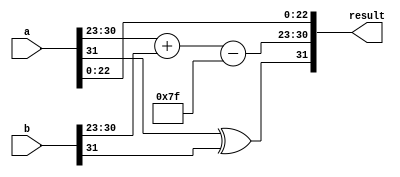
module Floating_Point_Wallace_Tree_Multiplier(
    input [31:0] a, // IEEE 754 Floating Point input 1
    input [31:0] b, // IEEE 754 Floating Point input 2
    output reg [31:0] result // IEEE 754 Floating Point output
);

    // Extract the sign, exponent and mantissa
    wire sign_a = a[31]; // Sign bit of a
    wire sign_b = b[31]; // Sign bit of b
    wire [7:0] exp_a = a[30:23]; // Exponent of a
    wire [7:0] exp_b = b[30:23]; // Exponent of b
    wire [22:0] mant_a = a[22:0]; // Mantissa of a (without implicit leading 1)
    wire [22:0] mant_b = b[22:0]; // Mantissa of b (without implicit leading 1)

    // The implicit leading 1 for normalized numbers
    wire [23:0] mant_a_full = {1'b1, mant_a}; // Adding implicit leading 1
    wire [23:0] mant_b_full = {1'b1, mant_b}; // Adding implicit leading 1

    // Calculate result's sign
    wire result_sign = sign_a ^ sign_b; // XOR for sign

    // Calculate preliminary exponent (with bias)
    wire [8:0] exp_result_pre = exp_a + exp_b; // sum of exponents
    parameter BIAS = 127;
    wire [7:0] exp_result = exp_result_pre - BIAS; // Accounting for the bias

    // Mantissa multiplication using Wallace tree structure
    wire [47:0] partial_product [0:23]; // Array to hold partial products

    // Generate partial products
    genvar i, j;
    generate
        for (i = 0; i < 23; i = i + 1) begin: gen_partial
            for (j = 0; j < 24; j = j + 1) begin: gen_product
                assign partial_product[i][j+i] = mant_a_full[i] & mant_b_full[j]; // Create partial products
            end
        end
    endgenerate

    // Add partial products step-by-step (Using a simple tree structure)
    wire [47:0] sum_stage1 [0:11]; // First stage to sum partial products
    wire [47:0] sum_stage2 [0:5];  // Second stage to reduce the sum
    // Note: Here I'm just showing how the structure goes; you need to add the logic for summing these stages

    // Normalization and rounding logic would go here

    // Assemble result
    always @(*) begin
        // Simplified assembly of result.
        // Real assembly requires proper handling of normalization and rounding.
        result = {result_sign, exp_result, mant_a_full[22:0]}; // Placeholder logic for result
    end

endmodule